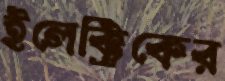
ইলেক্ট্রিকের